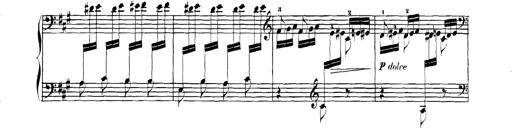
Title: Spinnerlied aus dem Fliegenden HollÃ¤nder
Composer: Franz Liszt